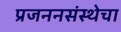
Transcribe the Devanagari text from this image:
प्रजननसंस्थेचा